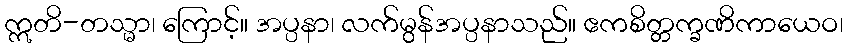
ဣတိ-တသ္မာ၊ ကြောင့်။ အပ္ပနာ၊ လက်မွန်အပ္ပနာသည်။ ဧကစိတ္တက္ခဏိကာယေဝ၊